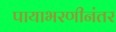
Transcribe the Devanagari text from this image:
पायाभरणीनंतर